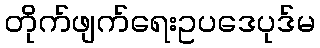
တိုက်ဖျက်ရေးဥပဒေပုဒ်မ